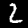
Digit: 2